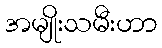
အမျိုးသမီးဟာ